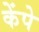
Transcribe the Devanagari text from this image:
केंपे